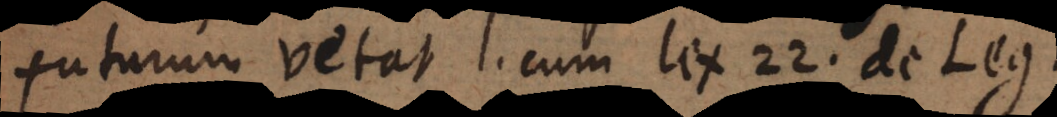
futurum vetat, l. cum lex 22. de Leg.